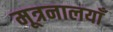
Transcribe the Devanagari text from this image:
मूत्रनालयाँ